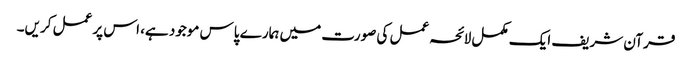
قرآن شریف ایک مکمل لائحہ عمل کی صورت میں ہمارے پاس موجود ہے، اس پر عمل کریں۔